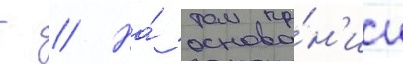
г // На́ основа́н'ии